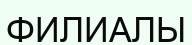
ФИЛИАЛЫ